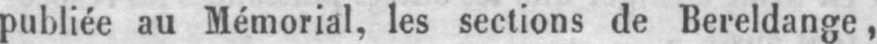
publiée au Mémorial, les sections de Bereldange,